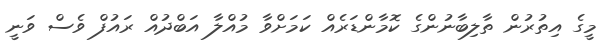
މީގެ އިތުރުން ތާލިބާނުންގެ ކޮމާންޑަރެއް ކަމަށްވާ މުއްލާ އަބްދުއް ރައުފް ވެސް ވަނީ